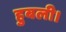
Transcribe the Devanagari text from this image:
हुबली।